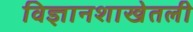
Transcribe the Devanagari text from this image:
विज्ञानशाखेतली